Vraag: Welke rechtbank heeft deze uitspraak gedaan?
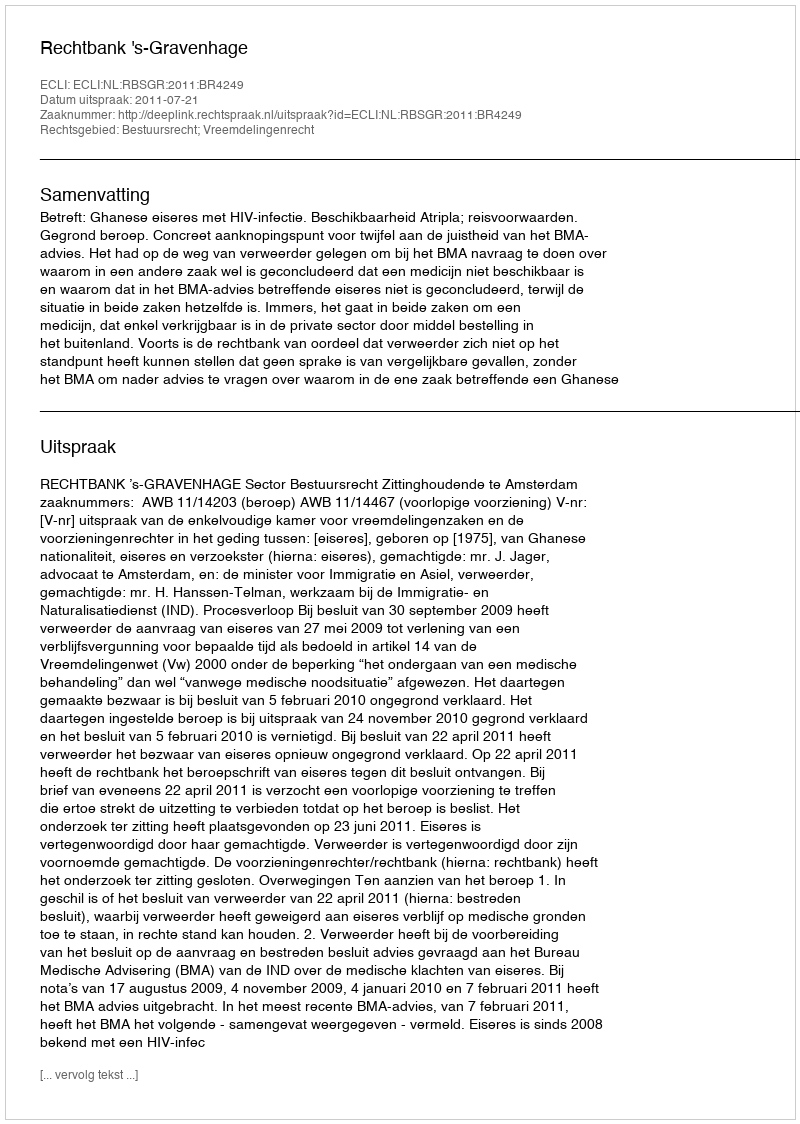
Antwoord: Rechtbank 's-Gravenhage